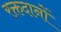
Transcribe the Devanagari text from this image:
रक्तदानों